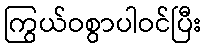
ကြွယ်ဝစွာပါဝင်ပြီး